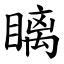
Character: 瞝